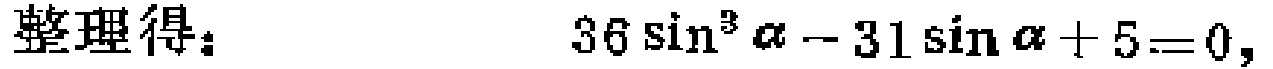
整理得：$36\sin^{3}\alpha - 31\sin\alpha + 5 = 0,$